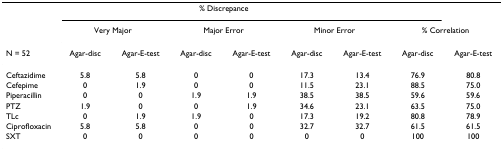
<table><thead><tr><td></td><td colspan="6"><b>% Discrepance</b></td><td></td><td></td></tr><tr><td></td><td colspan="2"><b>Very Major</b></td><td colspan="2"><b>Major Error</b></td><td colspan="2"><b>Minor Error</b></td><td colspan="2"><b>% Correlation</b></td></tr><tr><td><b>N = 52</b></td><td><b>Agar-disc</b></td><td><b>Agar-E-test</b></td><td><b>Agar-disc</b></td><td><b>Agar-E-test</b></td><td><b>Agar-disc</b></td><td><b>Agar-E-test</b></td><td><b>Agar-disc</b></td><td><b>Agar-E-test</b></td></tr></thead><tbody><tr><td>Ceftazidime</td><td>5.8</td><td>5.8</td><td>0</td><td>0</td><td>17.3</td><td>13.4</td><td>76.9</td><td>80.8</td></tr><tr><td>Cefepime</td><td>0</td><td>1.9</td><td>0</td><td>0</td><td>11.5</td><td>23.1</td><td>88.5</td><td>75.0</td></tr><tr><td>Piperacillin</td><td>0</td><td>0</td><td>1.9</td><td>1.9</td><td>38.5</td><td>38.5</td><td>59.6</td><td>59.6</td></tr><tr><td>PTZ</td><td>1.9</td><td>0</td><td>0</td><td>1.9</td><td>34.6</td><td>23.1</td><td>63.5</td><td>75.0</td></tr><tr><td>TLc</td><td>0</td><td>1.9</td><td>1.9</td><td>0</td><td>17.3</td><td>19.2</td><td>80.8</td><td>78.9</td></tr><tr><td>Ciprofloxacin</td><td>5.8</td><td>5.8</td><td>0</td><td>0</td><td>32.7</td><td>32.7</td><td>61.5</td><td>61.5</td></tr><tr><td>SXT</td><td>0</td><td>0</td><td>0</td><td>0</td><td>0</td><td>0</td><td>100</td><td>100</td></tr></tbody></table>